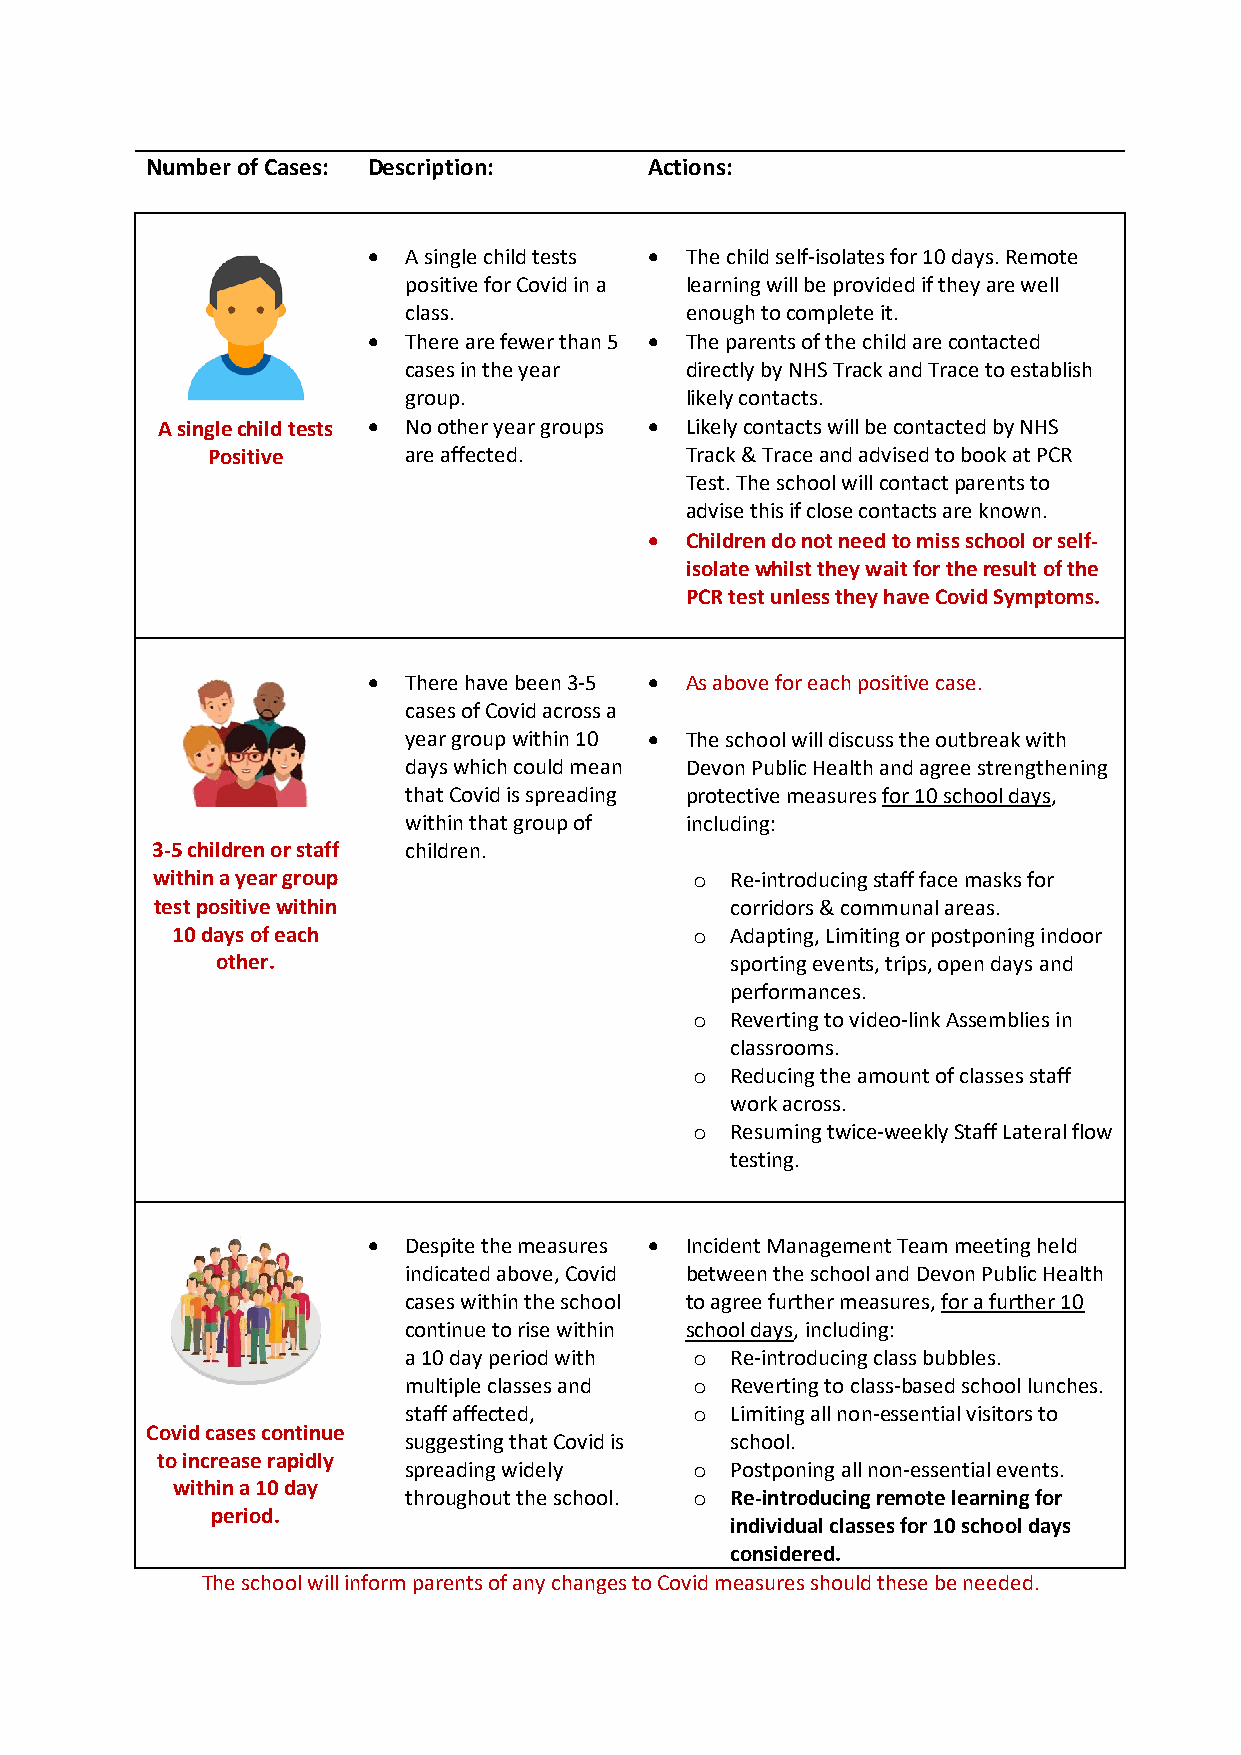
Number of Cases: Description:    Actions:
 •  A single child tests • The child self-isolates for 10 days. Remote
 positive for Covid in a learning will be provided if they are well
 class.            enough to complete it.
 •  There are fewer than 5 • The parents of the child are contacted
 cases in the year directly by NHS Track and Trace to establish
 group.            likely contacts.
 A single child tests • No other year groups • Likely contacts will be contacted by NHS
 Positive     are affected.     Track & Trace and advised to book at PCR
 Test. The school will contact parents to
 advise this if close contacts are known.
 • Children do not need to miss school or self-
 isolate whilst they wait for the result of the
 PCR test unless they have Covid Symptoms.
 •  There have been 3-5 • As above for each positive case.
 cases of Covid across a
 year group within 10 • The school will discuss the outbreak with
 days which could mean Devon Public Health and agree strengthening
 that Covid is spreading protective measures for 10 school days,
 within that group of including:
 3-5 children or staff children.
 within a year group                   Re-introducing staff face masks for
 o
 test positive within                  corridors & communal areas.
 10 days of each                      Adapting, Limiting or postponing indoor
 o
 other.                            sporting events, trips, open days and
 performances.
 Reverting to video-link Assemblies in
 o
 classrooms.
 Reducing the amount of classes staff
 o
 work across.
 Resuming twice-weekly Staff Lateral flow
 o
 testing.
 •  Despite the measures • Incident Management Team meeting held
 indicated above, Covid between the school and Devon Public Health
 cases within the school to agree further measures, for a further 10
 continue to rise within school days, including:
 a 10 day period with Re-introducing class bubbles.
 o
 multiple classes and Reverting to class-based school lunches.
 o
 staff affected,      Limiting all non-essential visitors to
 o
 Covid cases continue
 suggesting that Covid is school.
 to increase rapidly
 spreading widely     Postponing all non-essential events.
 o
 within a 10 day
 throughout the school. Re-introducing remote learning for
 o
 period.
 individual classes for 10 school days
 considered.
 The school will inform parents of any changes to Covid measures should these be needed.